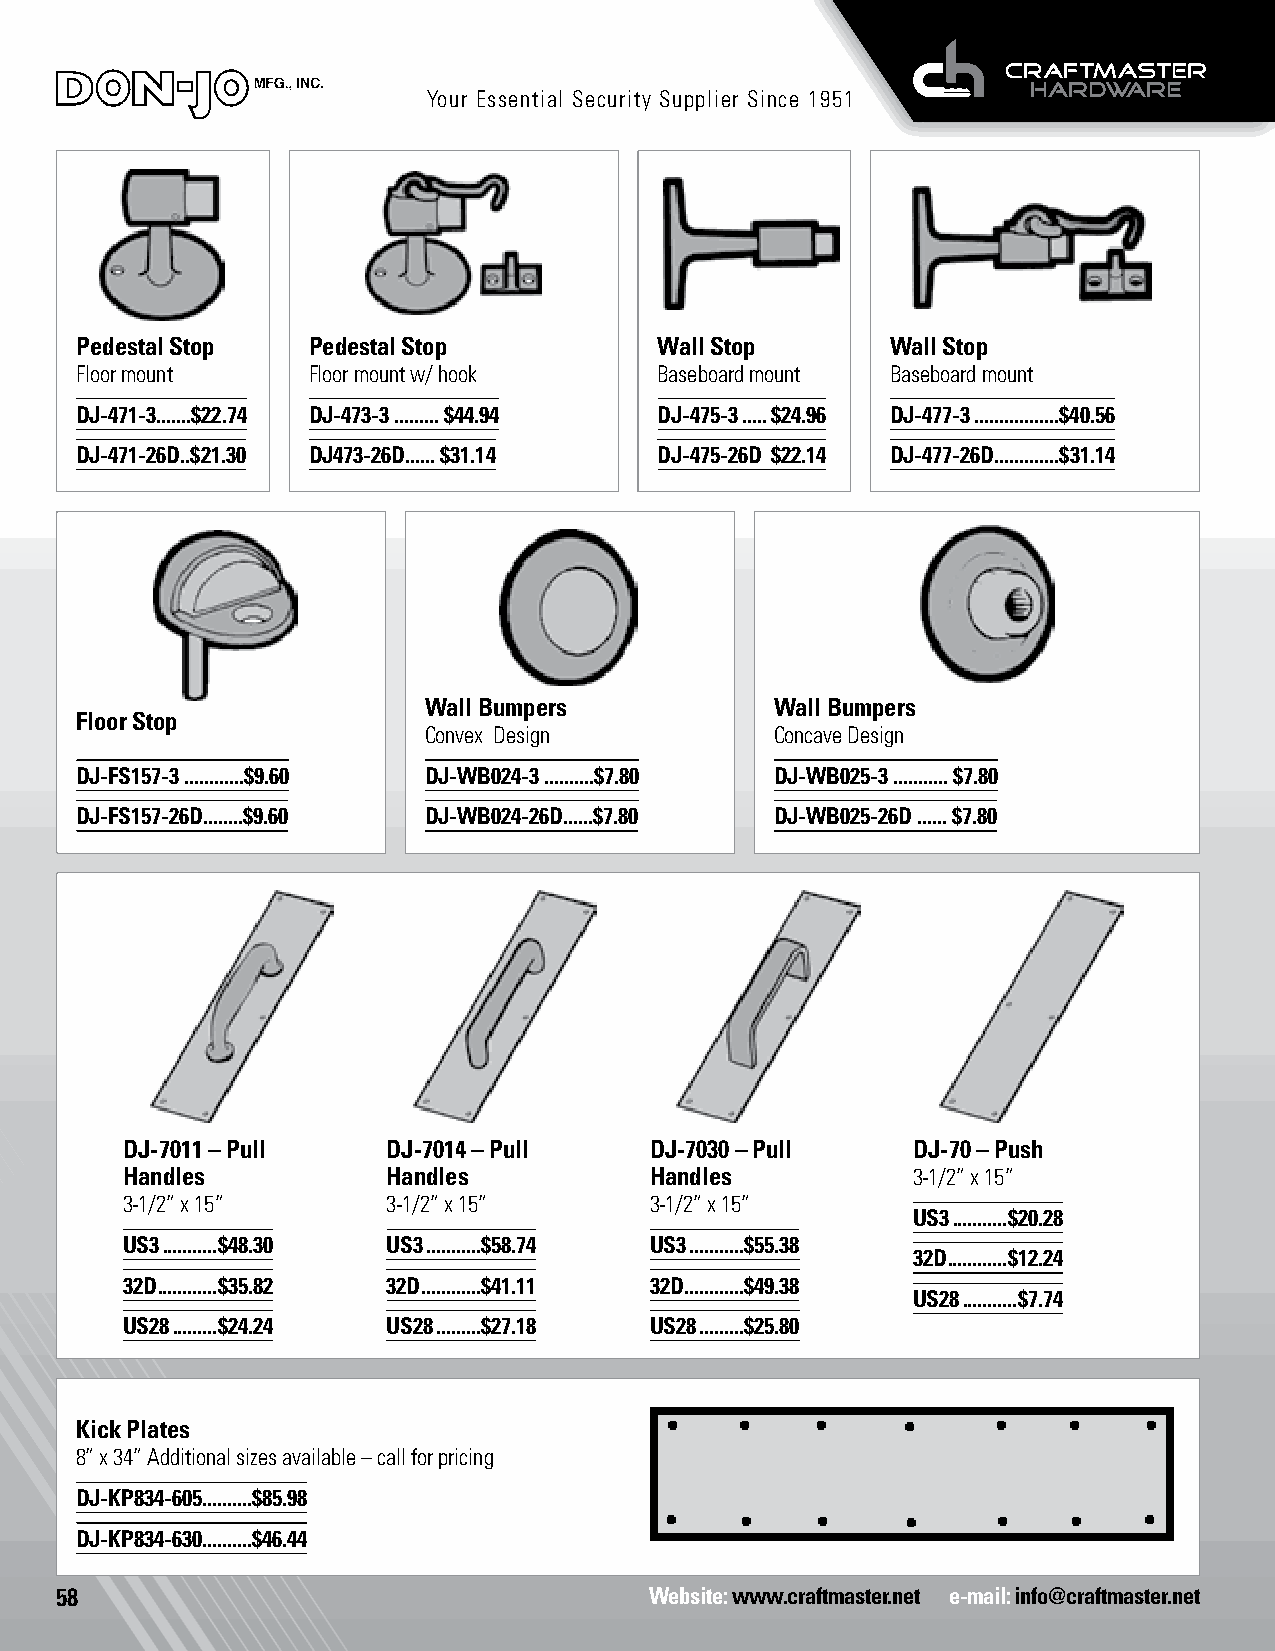
Your Essential Security Supplier Since 1951
 Pedestal Stop  Pedestal Stop           Wall Stop      Wall Stop
 Floor mount    Floor mount w/ hook     Baseboard mount Baseboard mount
 DJ-471-3.......$22.74 DJ-473-3 ......... $44.94 DJ-475-3 .....$24.96 DJ-477-3 .................$40.56
 DJ-471-26D..$21.30 DJ473-26D...... $31.14 DJ-475-26D $22.14 DJ-477-26D.............$31.14
 Wall Bumpers           Wall Bumpers
 Floor Stop
 Convex Design          Concave Design
 DJ-FS157-3 ............$9.60 DJ-WB024-3 ..........$7.80 DJ-WB025-3 ........... $7.80
 DJ-FS157-26D........$9.60 DJ-WB024-26D......$7.80 DJ-WB025-26D ...... $7.80
 DJ-7011 – Pull    DJ-7014 – Pull   DJ-7030 – Pull   DJ-70 – Push
 Handles           Handles          Handles          3-1/2” x 15”
 3-1/2” x 15”      3-1/2” x 15”     3-1/2” x 15”
 US3 ...........$20.28
 US3 ...........$48.30 US3 ...........$58.74 US3 ...........$55.38
 32D ............$12.24
 32D ............$35.82 32D ............$41.11 32D ............$49.38
 US28 ...........$7.74
 US28 .........$24.24 US28 .........$27.18 US28 .........$25.80
 Push Plates
 Kick Plates
 8” x 34” Additional sizes available – call for pricing
 DJ-KP834-605..........$85.98
 DJ-KP834-630..........$46.44
 58                                     Website: www.craftmaster.net e-mail: info@craftmaster.net